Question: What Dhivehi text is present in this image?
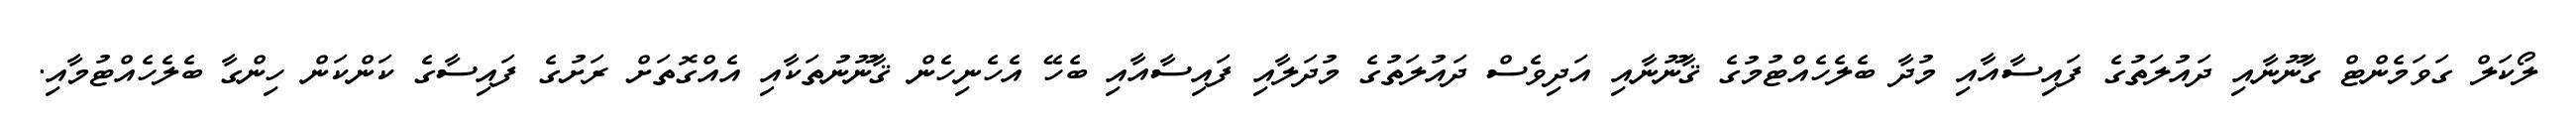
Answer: ލޯކަލް ގަވަމެންޓް ގާނޫނާއި ދައުލަތުގެ ފައިސާއާއި މުދާ ބެލެހެއްޓުމުގެ ޤާނޫނާއި އަދިވެސް ދައުލަތުގެ މުދަލާއި ފައިސާއާއި ބެހޭ އެހެނިހެން ޤާނޫނުތަކާއި އެއްގޮތަށް ރަށުގެ ފައިސާގެ ކަންކަން ހިންގާ ބެލެހެއްޓުމާއި.